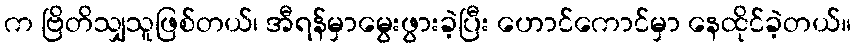
က ဗြိတိသျှသူဖြစ်တယ်၊ အီရန်မှာမွေးဖွားခဲ့ပြီး ဟောင်ကောင်မှာ နေထိုင်ခဲ့တယ်။